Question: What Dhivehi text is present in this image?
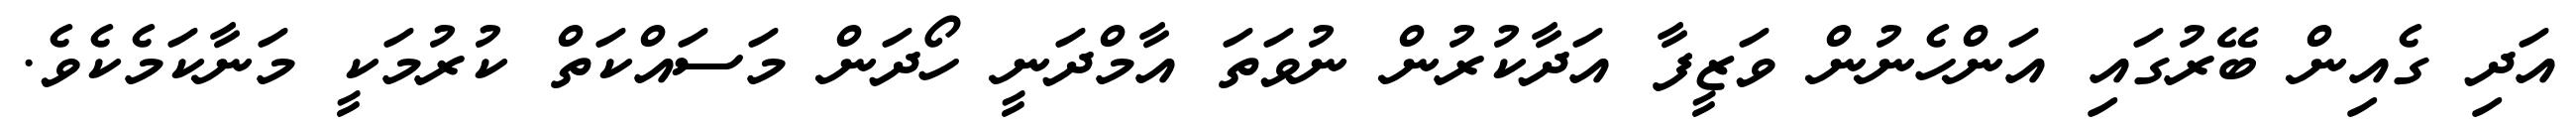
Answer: އަދި ގެއިން ބޭރުގައި އަންހެނުން ވަޒީފާ އަދާކުރުން ނުވަތަ އާމްދަނީ ހޯދަން މަސައްކަތް ކުރުމަކީ މަނާކަމެކެވެ.